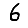
Digit: 6